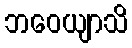
ဘဝေယျာသိ